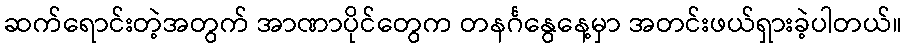
ဆက်ရောင်းတဲ့အတွက် အာဏာပိုင်တွေက တနင်္ဂနွေနေ့မှာ အတင်းဖယ်ရှားခဲ့ပါတယ်။